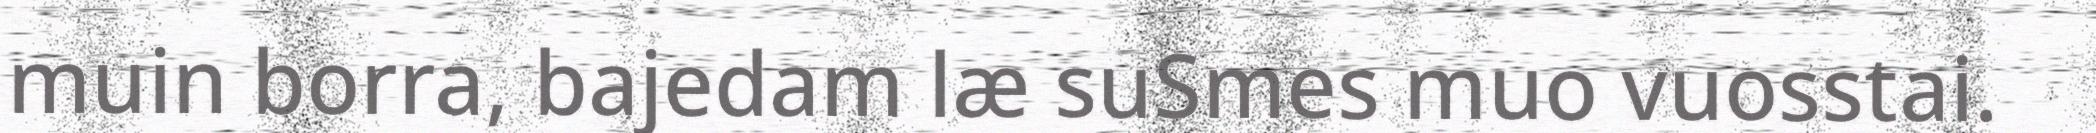
muin borra, bajedam læ suSmes muo vuosstai.